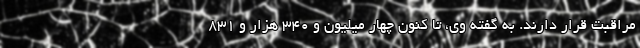
مراقبت قرار دارند. به گفته وی، تا کنون چهار میلیون و ۳۴۰ هزار و ۸۳۱